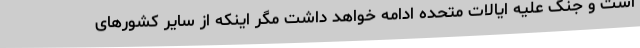
است و جنگ علیه ایالات متحده ادامه خواهد داشت مگر اینکه از سایر کشورهای